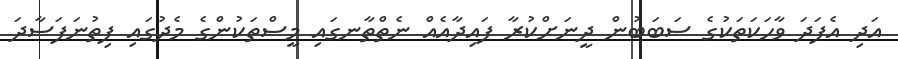
އަދި އެފަދަ ވާހަކަތަކުގެ ސަބަބުން ދީނަށްކުރާ ފައިދާއެއް ނެތްތާނގައި މީސްތަކުންގެ މެދުގައި ފިތުނަފަސާދަ